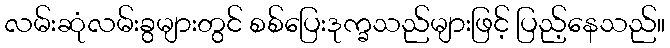
လမ်းဆုံလမ်းခွများတွင် စစ်ပြေးဒုက္ခသည်များဖြင့် ပြည့်နေသည်။